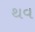
થવ